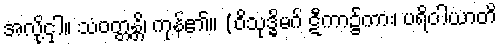
အလို့ငှါ။ သံဝတ္တန္တိ၊ ကုန်၏။ (ဝိသုဒ္ဓိမဂ် ဋီကာ၌ကား၊ ပရိဝါယာတိ